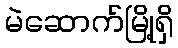
မဲဆောက်မြို့ရှိ